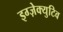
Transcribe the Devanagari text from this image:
इग्ज़ेक्युटिव